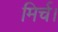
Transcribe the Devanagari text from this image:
मिर्च।